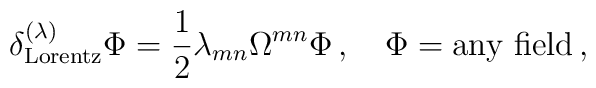
\delta _{{\rm Lorentz}}^{(\lambda )}\Phi =\frac 12\lambda _{mn}\Omega^{mn}\Phi \,,\quad \Phi =\mbox{any field}\,,